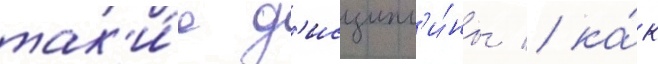
так'и́е д'исципл'и́ны / ка́к